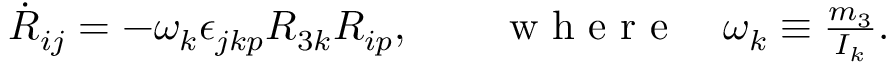
\begin{array} { r } { \dot { R } _ { i j } = - \omega _ { k } \epsilon _ { j k p } R _ { 3 k } R _ { i p } , \qquad \mathrm { ~ w ~ h ~ e ~ r ~ e ~ } \quad \omega _ { k } \equiv \frac { m _ { 3 } } { I _ { k } } . } \end{array}